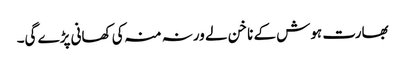
بھارت ہوش کے ناخن لے ورنہ منہ کی کھانی پڑے گی۔